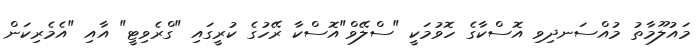
މައުލޫމާތު މުއްސަނދިވި އޮސްކާގެ ހޮވުމަކީ "ސްލޭވް"އޮސްކާ ރޭހުގެ ކުރީގައި "ގްރެވިޓީ" އާއި "އެމެރިކަން